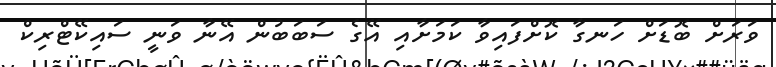
ވަރަށް ބޮޑަށް ހަނގާ ކޮށްފައިވާ ކަމަށާއި އޭގެ ސަބަބުން އޭނާ ވަނީ ސައިކޭޓްރިކް